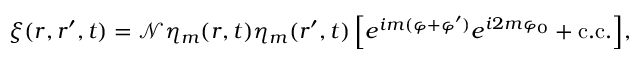
\xi ( \boldsymbol { r } , \boldsymbol { r } ^ { \prime } , t ) = \mathcal { N } \eta _ { m } ( \boldsymbol { r } , t ) \eta _ { m } ( \boldsymbol { r } ^ { \prime } , t ) \left[ e ^ { i m ( \varphi + \varphi ^ { \prime } ) } e ^ { i 2 m \varphi _ { 0 } } + \mathrm { c . c . } \right] \! ,